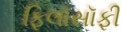
ફિલૉસૉફી